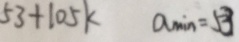
5 3 + 1 0 5 k a _ { \min } = 5 3